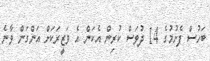
ބަހުސް ފެށުމުގެ 14 ދުވަސް ކުރިން އެކަން އެ ވަޒީރަކަށް އަންގަން ވާނެ